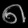
Digit: ၈